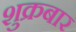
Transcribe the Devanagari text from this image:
शुक्रबार